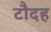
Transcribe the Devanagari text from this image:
टौदह